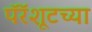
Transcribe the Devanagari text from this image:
पॅरॅशूटच्या